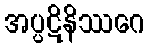
အပ္ပဋိနိဿဂေ